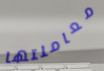
معاملتها